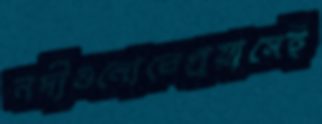
নদীগুলোতেপ্রয়াসেই